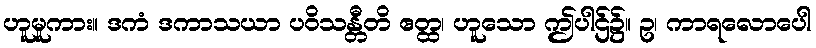
ဟူမူကား။ ဒကံ ဒကာသယာ ပဝိသန္တီတိ ဧတ္ထ၊ ဟူသော ဤပါဌ်၌။ ဥ၊ ကာရလောပေါ